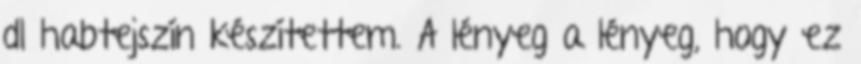
dl habtejszín készítettem. A lényeg a lényeg, hogy ez